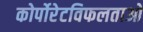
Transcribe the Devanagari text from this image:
कोर्पोरेटविफलताओ